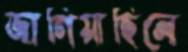
জাগিয়াছিলে